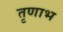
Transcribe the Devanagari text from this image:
तृणाभ